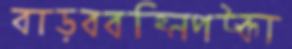
বাড়ববহ্নিপট্‌কা